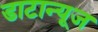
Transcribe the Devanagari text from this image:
डाटान्यूज